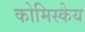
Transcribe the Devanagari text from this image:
कोमिस्केय